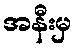
အနီးမှ